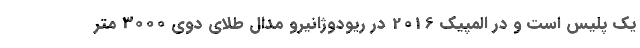
یک پلیس است و در المپیک 2016 در ریودوژانیرو مدال طلای دوی 3000 متر